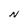
Character: N